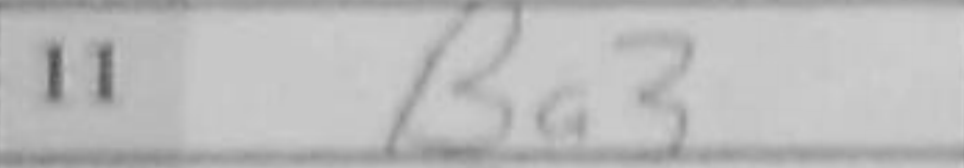
Transcription: Ba3